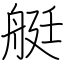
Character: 艇